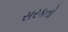
સરકતો